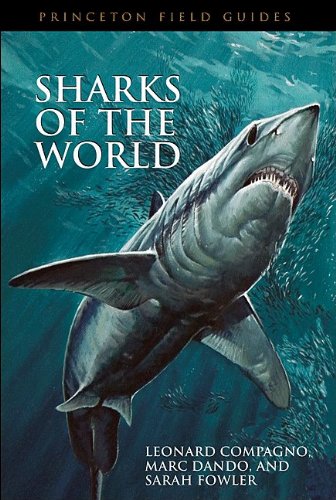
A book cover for Sharks of the World (Princeton Field Guides); Leonard Compagno; Science & Math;